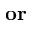
\mathbf { o r }